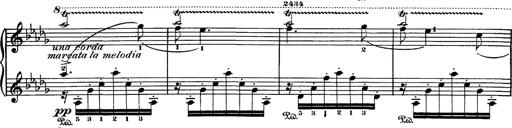
Title: Hungarian Rhapsody No.1
Composer: Franz Liszt
Key: C-sharp minor